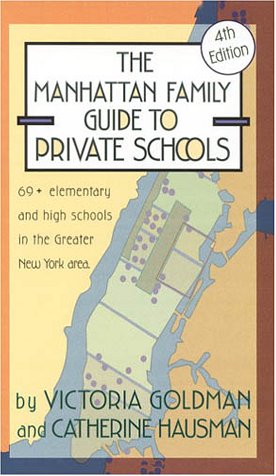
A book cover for The Manhattan Family Guide to Private Schools: Fourth Edition; Victoria Goldman; Test Preparation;